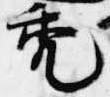
禿